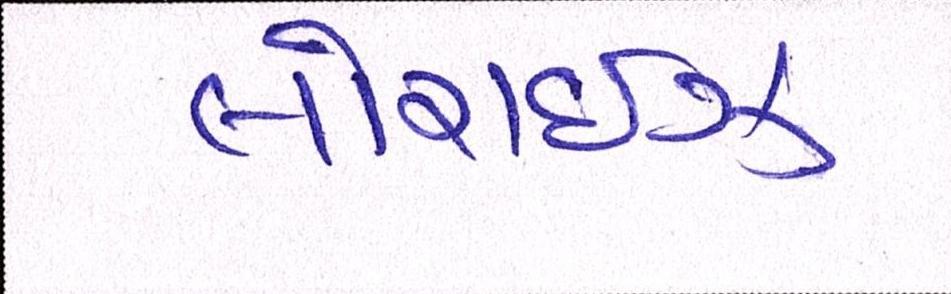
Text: લોરાઈઝ